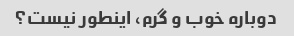
دوباره خوب و گرم، اینطور نیست؟